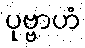
ပုဗ္ဗာဟံ